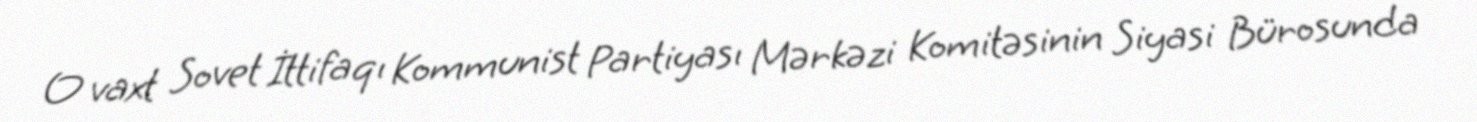
O vaxt Sovet İttifaqı Kommunist Partiyası Mərkəzi Komitəsinin Siyasi Bürosunda